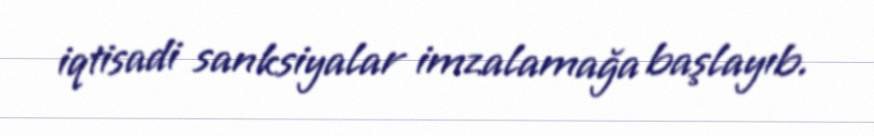
iqtisadi sanksiyalar imzalamağa başlayıb.